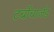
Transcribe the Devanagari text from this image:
टर्बोचार्जड